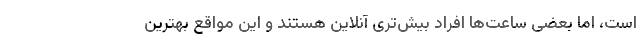
است، اما بعضی ساعت‌ها افراد بیش‌تری آنلاین هستند و این مواقع بهترین